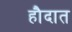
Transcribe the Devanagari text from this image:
हौदात